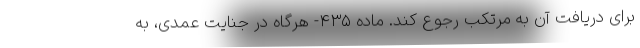
برای دریافت آن به مرتکب رجوع کند. ماده ۴۳۵- هرگاه در جنایت عمدی، به